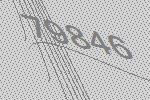
79846